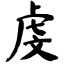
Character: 虔